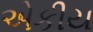
એકીય